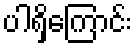
ပါရှိကြောင်း